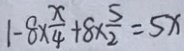
1 - 8 \times \frac { x } { 4 } + 8 \times \frac { 5 } { 2 } = 5 x